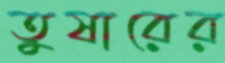
তুষারের